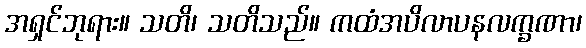
အရှင်ဘုရား။ သတိ၊ သတိသည်။ ကထံအပိလာပနလက္ခဏာ၊